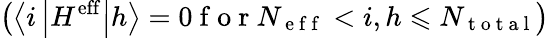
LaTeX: \left(\left\langle i\left|H^{\mathrm{eff}}\right|h\right\rangle=0\mathrm{~f~o~r~}N_{\mathrm{~e~f~f~}}<i,h\leqslant N_{\mathrm{~t~o~t~a~l~}}\right)